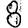
Digit: 8